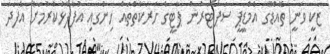
ޒަކީ ވަނީ ތޮއްޑޫގެ އެމްޑީޕީ ސަޕޯޓަރުން ޕާޓީގެ ހަރަކާތްތައް ހިންގައި އުފާފާޅުކުރުމަށް އެފަދަ